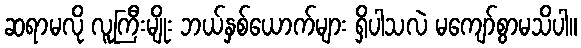
ဆရာမလို လူကြီးမျိုး ဘယ်နှစ်ယောက်များ ရှိပါသလဲ မကျော်စွာမသိပါ။